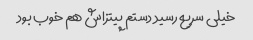
خیلی سریع رسید دستم پیتزاش هم خوب بود